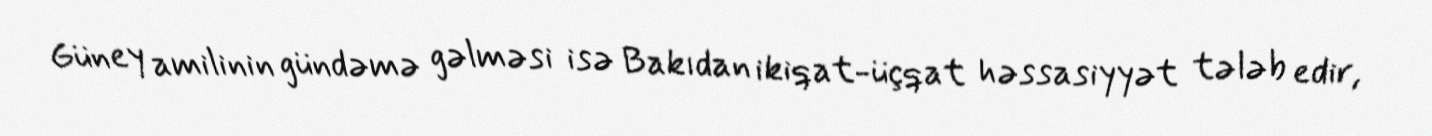
Güney amilinin gündəmə gəlməsi isə Bakıdan ikiqat-üçqat həssasiyyət tələb edir,